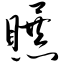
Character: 曝